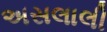
અસલાલી